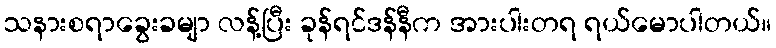
သနားစရာခွေးခမျာ လန့်ပြီး ခုန်ရင်ဒန်နီက အားပါးတရ ရယ်မောပါတယ်။